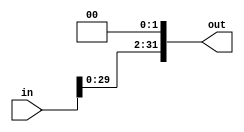
module Left_shift(in, out);
input [31:0] in;
output [31:0] out;

	assign out = {in[29:0], 2'b00};
endmodule